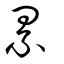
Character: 累